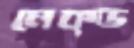
নেক্ড